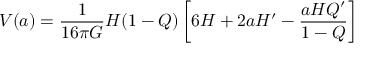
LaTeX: V ( a ) = \frac { 1 } { 1 6 \pi G } H ( 1 - Q ) \left[ 6 H + 2 a H ^ { \prime } - \frac { a H Q ^ { \prime } } { 1 - Q } \right]